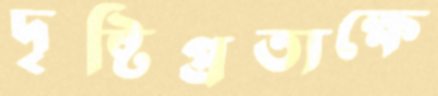
দৃষ্টিপ্রত্যক্ষে